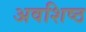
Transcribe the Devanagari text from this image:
अवशिष्ठ